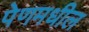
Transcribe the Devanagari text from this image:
पेणमधील